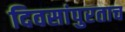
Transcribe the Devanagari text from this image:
दिवसांपुरताच